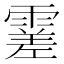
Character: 𩄝